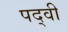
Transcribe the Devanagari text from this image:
पद्‍वी